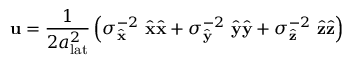
\mathbf { u } = \frac { 1 } { 2 a _ { \mathrm { l a t } } ^ { 2 } } \left( \sigma _ { \hat { \mathbf { x } } } ^ { - 2 } ~ \hat { \mathbf { x } } \hat { \mathbf { x } } + \sigma _ { \hat { \mathbf { y } } } ^ { - 2 } ~ \hat { \mathbf { y } } \hat { \mathbf { y } } + \sigma _ { \hat { \mathbf { z } } } ^ { - 2 } ~ \hat { \mathbf { z } } \hat { \mathbf { z } } \right)